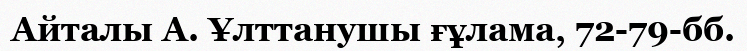
Айталы А. Ұлттанушы ғұлама, 72-79-бб.